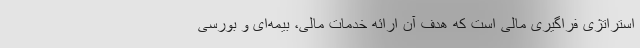
استراتژی‌ فراگیری مالی است که هدف آن ارائه خدمات مالی، بیمه‌ای و بورسی